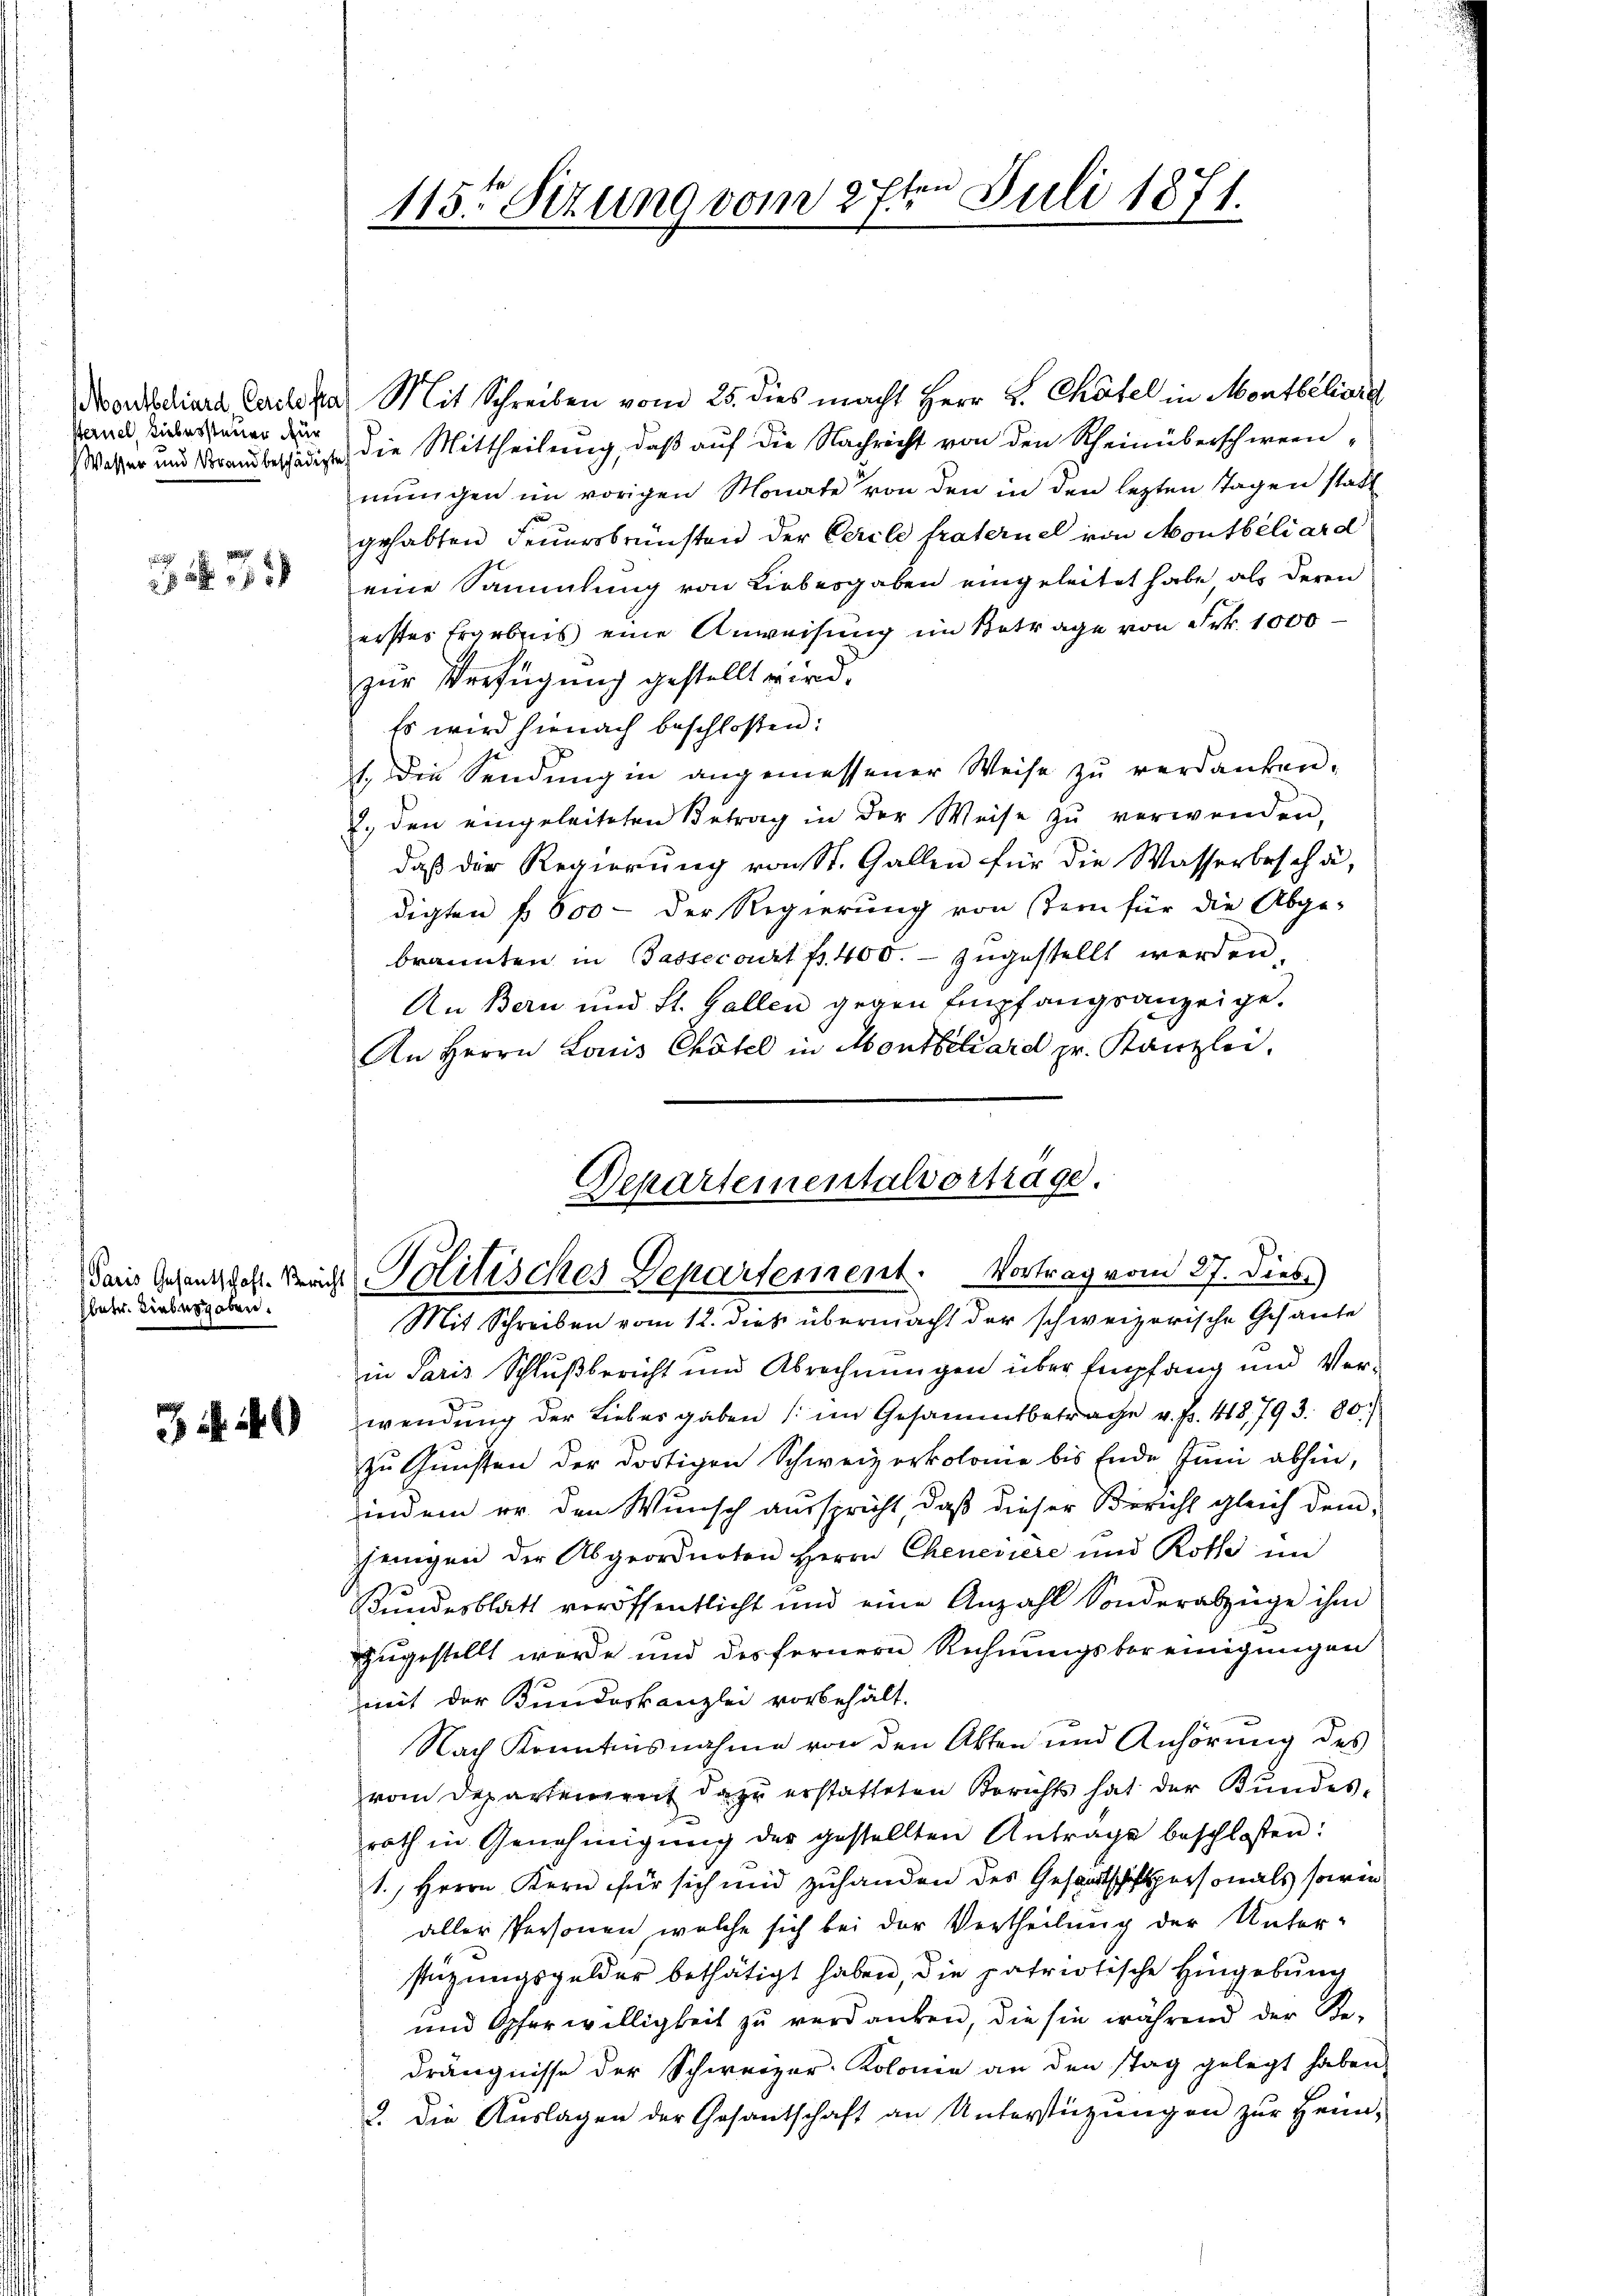
Sternel Liebersteuer zur

fbetr. Liebesgaben.

J S. 149

en
115ten Sitzung vom 27. Juli 1871.

Nordhiara, Carolina Mit Schreiben vom 25. dies macht Herr L. Chatel in Montbéliora
Wasser und Vorausbeschädigte die Mittheilung, daß auf die Nachricht von den Scheinüberschereinmŭngen im vorigen Monate von den in den lezten Tagen statt
gehabten Feuersbrünsten der Cercle fraternel von Montbiliard
eine Sammlung von Liebesgaben eingeleitet habe als deren
erstes Frarbnis eine Anweisung im Betrage von Frk. 1000
zur Verfügung gestellt wird.
Es wird hienach beschloßen:
1. die Sendung in angemessener Weise zu verdanken.
7. den eingeleiteten Betrag in der Weise zŭ verwenden,
daß der Regierung von St. Gallen für die Wasserbeschädigten f. 600 - der Regierung von sein für die Abge-
brannten in Gassecourt fr. 400. zugestellt werden.
An Bern und St. Gallen gegen Empfangsanzeige.
An Herrn Louis Chotel in Montbiliard pr. Kanzlei,

Departementalvortrage.
Dein Gesangacht. Nach Politisches Departement. Vortrag vom 27. Dieb.)

Mit Schreiben vom 12. dieß übermacht der schweizerische Gesante
in Paris Schlußbericht und Abrechnungen über Empfang und Verwendung der Liebesgaben (im Gesammtbetrage v. Fr. 418,793. 80.
zŭ Gŭnsten der dortigen Schweizerkolonie bis Ende Jŭni abhin,
indem er den Wunsch ausspricht, daß dieser Bericht gleich dem
jenigen der Abgeordneten Herrn Chenesiere und Roth im
Bundesblatt veröffentlicht und eine Anzahl Sonderabzüge ihm
zugestellt werde und des fernern Rechnungsbereinigungen
mit der Bundeskanzlei vorbehält.
Nach Kenntnisnahme von den Akten und Anhörung des
vom Departement dazu erstatteten Berichts hat der Bundesrath in Genehmigŭng der gestellten Anträge beschlossen:
1., Herrn Kern für sich und zuhanden des Gesandtschaftspersonals sowie
aller Personen welche sich bei der Vertheilung der Unter-
stüzungsgelder bethätigt haben, die patriotische Hingebung
und Opferwilligkeit zu verdanken, die sie während der Re-
drängnisse der Schweizer-Kolonie an den stag gelegt haben,
3. die Auslagen der Gesantschaft an Unterstützungen zur Heim-